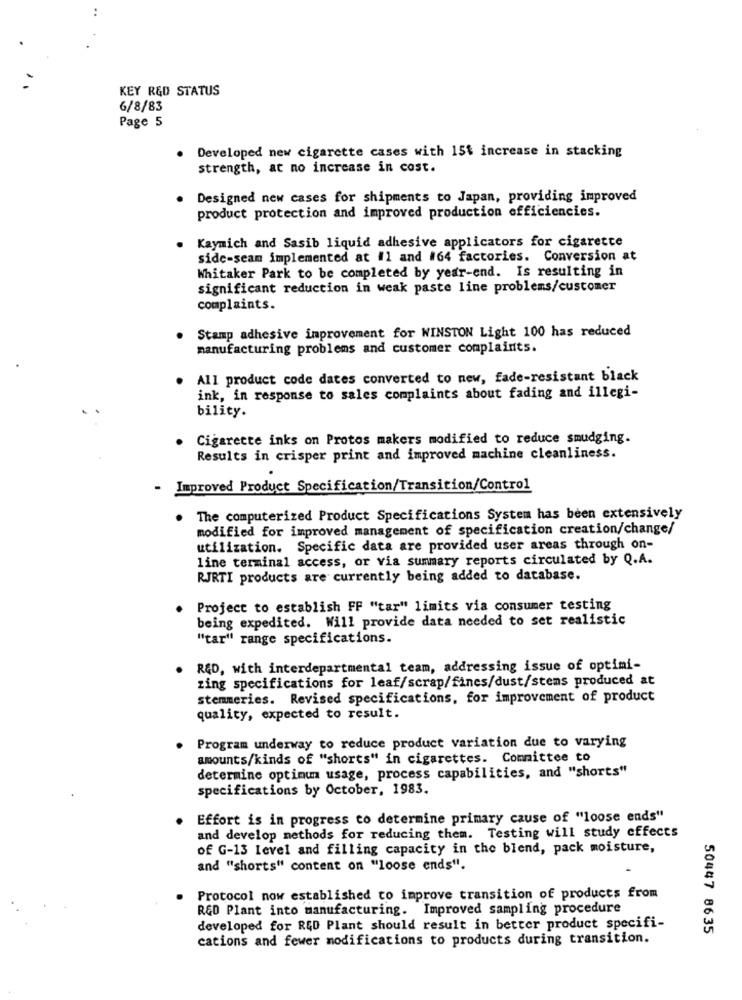
KEY R&D STATUS
6/8/83
Page 5
Developed new cigarette cases with 15% increase in stacking
strength, at no increase in cost.
Designed new cases for shipments to Japan, providing improved
product protection and improved production efficiencies.
Kaymich and Sasib liquid adhesive applicators for cigarette
side-seam implemented at #1 and #64 factories. Conversion at
Whitaker Park to be completed by year-end. Is resulting in
significant reduction in weak paste line problems/customer
complaints.
Stamp adhesive improvement for WINSTON Light 100 has reduced
manufacturing problems and customer complaints.
All product code dates converted to new, fade-resistant black
ink, in response to sales complaints about fading and illegi-
bility.
Cigarette inks on Protos makers modified to reduce smudging.
Results in crisper print and improved machine cleanliness.
-
Improved Product Specification/Transition/Control
. The computerized Product Specifications System has been extensively
modified for improved management of specification creation/change/
utilization. Specific data are provided user areas through on-
line terminal access, or via summary reports circulated by Q.A.
RJRTI products are currently being added to database.
Project to establish FF "tar" limits via consumer testing
being expedited. Will provide data needed to set realistic
"tar" range specifications.
RED, with interdepartmental team, addressing issue of optimi-
zing specifications for leaf/scrap/fines/dust/stems produced at
stemmeries. Revised specifications, for improvement of product
quality, expected to result.
Program underway to reduce product variation due to varying
amounts/kinds of "shorts" in cigarettes. Committee to
determine optimum usage, process capabilities, and "shorts"
specifications by October, 1983.
Effort is in progress to determine primary cause of "loose ends"
and develop methods for reducing them. Testing will study effects
of G-13 level and filling capacity in the blend, pack moisture,
and "shorts" content on "loose ends".
Protocol now established to improve transition of products from
R&D Plant into manufacturing. Improved sampling procedure
developed for R&D Plant should result in better product specifi-
50447 8635
cations and fewer modifications to products during transition.